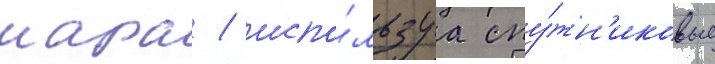
шара / испо́льзуа спу́тн'иковые